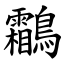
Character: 鸘